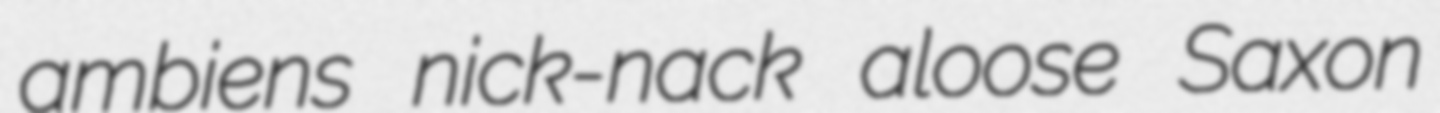
ambiens nick-nack aloose Saxon